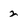
Character: 2